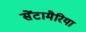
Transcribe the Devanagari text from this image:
सेंटामैरिया